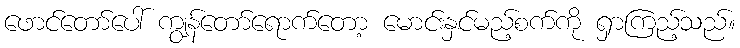
ဖောင်တော်ပေါ် ကျွန်တော်ရောက်တော့ မောင်းနှင်မည့်စက်ကို ရှာကြည့်သည်။